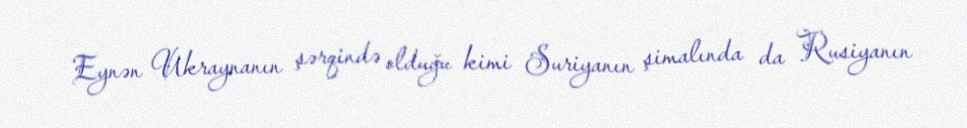
Eynən Ukraynanın şərqində olduğu kimi Suriyanın şimalında da Rusiyanın